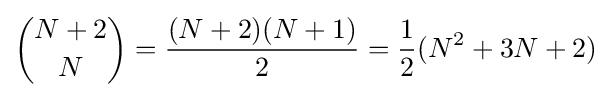
{\binom {N+2}{N}}={\frac {(N+2)(N+1)}{2}}={\frac {1}{2}}(N^{2}+3N+2)